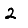
Digit: 2